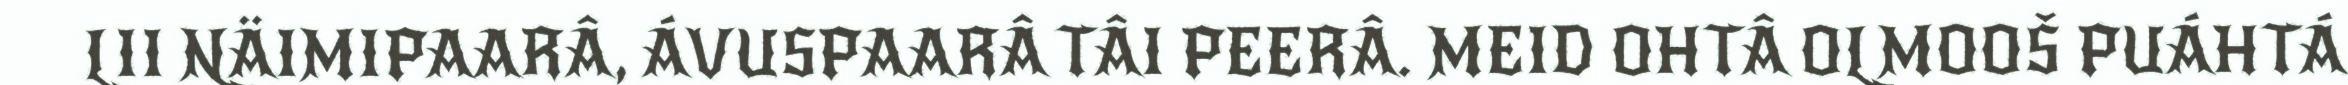
LII NÄIMIPAARÂ, ÁVUSPAARÂ TÂI PEERÂ. MEID OHTÂ OLMOOŠ PUÁHTÁ